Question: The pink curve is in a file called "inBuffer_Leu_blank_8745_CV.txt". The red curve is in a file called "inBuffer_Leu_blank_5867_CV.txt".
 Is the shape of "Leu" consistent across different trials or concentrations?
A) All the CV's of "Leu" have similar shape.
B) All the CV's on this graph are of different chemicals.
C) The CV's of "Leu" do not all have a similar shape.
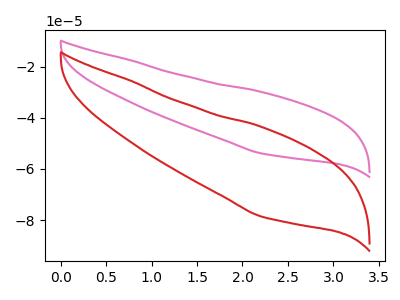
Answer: <think>The pink curve "Leu_blank1" has no peaks. The red curve "Leu_blank2" has no peaks.
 Neither "Leu_blank1" or "Leu_blank2" have any peaks.</think>
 <answer>A) All the CV's of "Leu" have similar shape.</answer>
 <eval>A</eval>